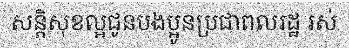
សន្តិសុខល្អជូនបងប្អូនប្រជាពលរដ្ឋ រស់